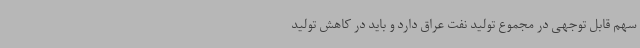
سهم قابل توجهی در مجموع تولید نفت عراق دارد و باید در کاهش تولید